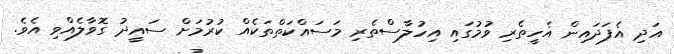
އަދި އެފަދައިން އެހީތެރި ވުމުގައި އިހުލާސްތެރި މަސައްކަތްތަކެއް ކުރުމަށް ސައީދު ގޮވާލެއްވި އެވެ.